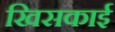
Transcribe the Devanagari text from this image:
खिसकाई